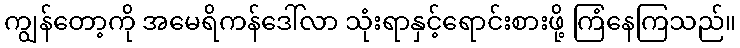
ကျွန်တော့ကို အမေရိကန်ဒေါ်လာ သုံးရာနှင့်ရောင်းစားဖို့ ကြံနေကြသည်။